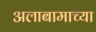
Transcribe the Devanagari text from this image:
अलाबामाच्या